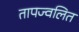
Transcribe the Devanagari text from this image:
तापज्वलित